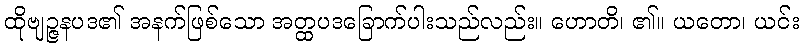
ထိုဗျဉ္ဇနပဒ၏ အနက်ဖြစ်သော အတ္ထပဒခြောက်ပါးသည်လည်း။ ဟောတိ၊ ၏။ ယတော၊ ယင်း